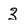
Character: 3